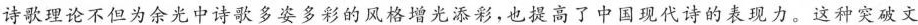
诗歌理论不但为余光中诗歌多姿多彩的风格增光添彩，也提高了中国现代诗的表现力。这种突破文